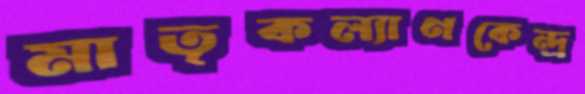
মাতৃকল্যাণকেন্দ্র